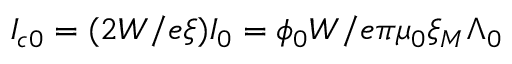
I _ { c 0 } = ( 2 W / e \xi ) I _ { 0 } = \phi _ { 0 } W / e \pi \mu _ { 0 } \xi _ { M } \Lambda _ { 0 }